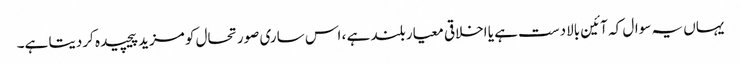
یہاں یہ سوال کہ آئین بالادست ہے یا اخلاقی معیار بلند ہے ، اس ساری صورتحال کو مزید پیچیدہ کردیتا ہے۔